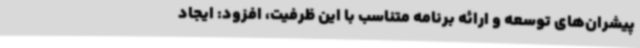
پیشران‌های توسعه و ارائه برنامه متناسب با این ظرفیت، افزود: ایجاد